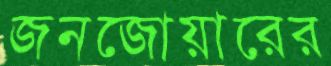
জনজোয়ারের